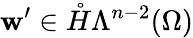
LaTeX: \mathbf{w}^{\prime}\in\mathring{H}\Lambda^{n-2}(\Omega)